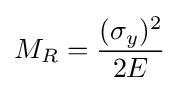
M_{R}={\frac {(\sigma _{y})^{2}}{2E}}